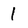
Character: 1